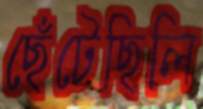
ছেঁটেছিলি